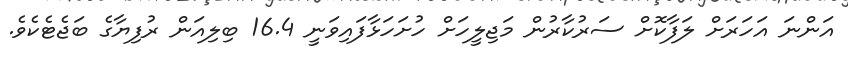
އަންނަ އަހަރަށް ލަފާކޮށް ސަރުކާރުން މަޖިލީހަށް ހުށަހަޅާފައިވަނީ 16.4 ބިލިއަން ރުފިޔާގެ ބަޖެޓެކެވެ.